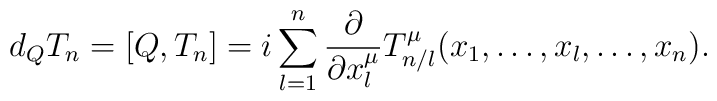
d_QT_n=\bigl[Q,T_n\bigr]=i\sum_{l=1}^{n}\frac{\partial}{\partial x^{\mu}_l}T_{n/l}^{\mu}(x_1,\ldots,x_l,\ldots,x_n).